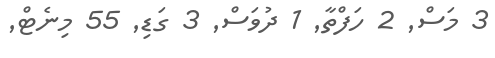
3 މަސް